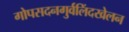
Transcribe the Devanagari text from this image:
गोपसदनगुर्वलिंदखेलन